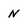
Character: N